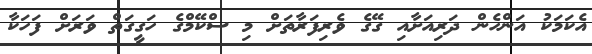
އެކަމަކު އަންހެން ދަރިއަށާއި ގޭގެ ވެރިފަރާތަށް މި ސްކޭމްގެ ހަގީގަތް ވަރަށް ފަހަކާ